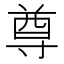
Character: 尊